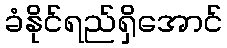
ခံနိုင်ရည်ရှိအောင်